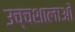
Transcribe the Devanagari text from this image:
उच्चशालाओं